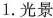
1.光景